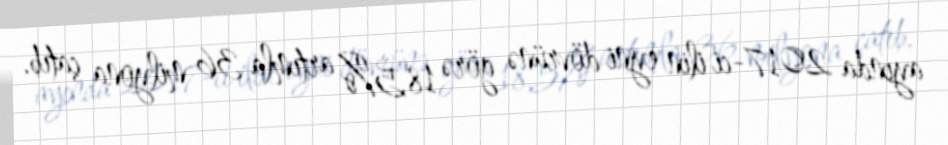
ayında 2017-ci ilin eyni dövrünə görə 18,5% artımla 36 milyona çatıb.